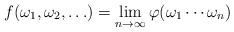
LaTeX: \begin{align*}f(\omega_{1},\omega_{2},\ldots) = \lim_{n \to \infty} \varphi(\omega_{1}\cdots\omega_{n})\end{align*}